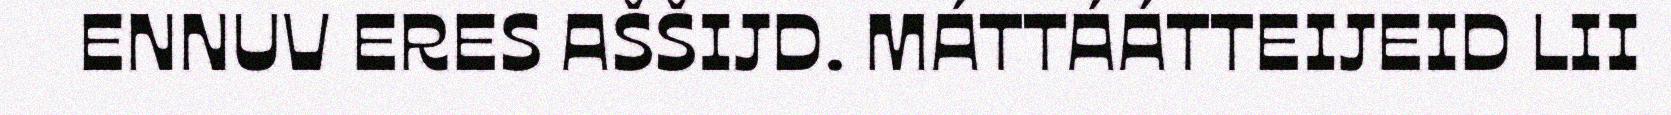
ENNUV ERES AŠŠIJD. MÁTTÁÁTTEIJEID LII